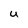
Character: U